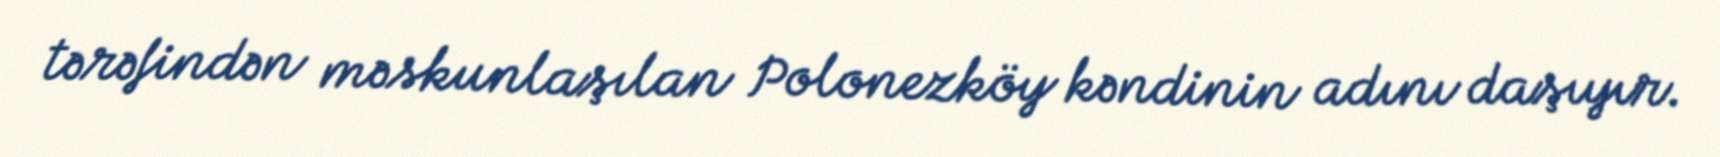
tərəfindən məskunlaşılan Polonezköy kəndinin adını daşıyır.